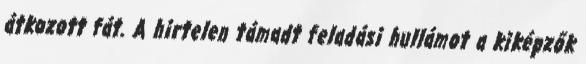
átkozott fát. A hirtelen támadt feladási hullámot a kiképzők